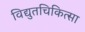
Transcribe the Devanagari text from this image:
विद्युतचिकित्सा